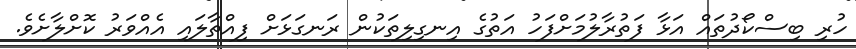
ހުރި ބިސްކޯދުތައް އަޅާ ފަތުރާލުމަށްފަހު އަތުގެ އިނގިލިތަކުން ރަނގަޅަށް ފިއްތާލައި އެއްވަރު ކޮށްލާށެވެ.